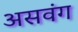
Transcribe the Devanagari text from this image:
असवंग